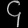
Digit: ၄